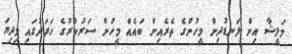
މަލީޝާ އިން ލަނޑުދިން މީހުންގެ ތެރެއިން ބައެއް މީހުން ސަރުކާރުގެ ހަރަދުގައި މިދިޔަ